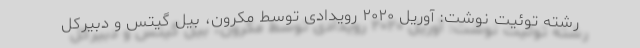
رشته توئیت نوشت: آوریل ۲۰۲۰ رویدادی توسط مکرون، بیل گیتس و دبیرکل